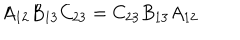
A _ { 1 2 } B _ { 1 3 } C _ { 2 3 } = C _ { 2 3 } B _ { 1 3 } A _ { 1 2 }